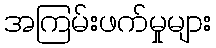
အကြမ်းဖက်မှုများ